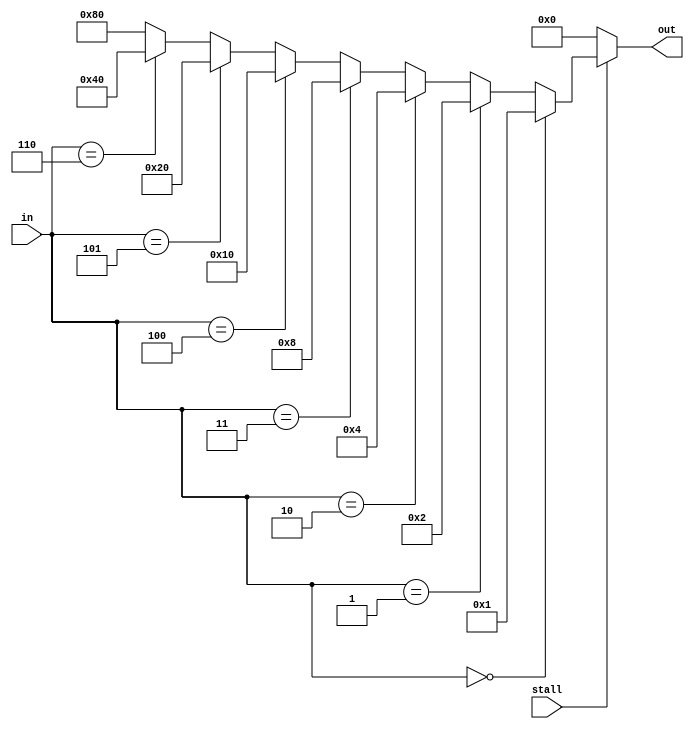
module one_hot_decoder(in,stall,out);

input [2:0] in;
output [7:0] out;
input stall;

reg [7:0] out;

always @(*)
begin
if (stall==1'b0)
    out<=8'b00000000;
else
     if(in == 3'b000)
           out <= 8'b00000001;
	  else if(in == 3'b001)
            out <= 8'b00000010;
			 else if(in == 3'b010)
              out <= 8'b00000100;
					 else if(in == 3'b011)
						out <= 8'b00001000;
							else if(in == 3'b100)
								out <= 8'b00010000;
									else if(in == 3'b101)
										out <= 8'b00100000;
											else if(in == 3'b110)
												out <= 8'b01000000;
												else 
													out <= 8'b10000000;
end	
endmodule